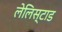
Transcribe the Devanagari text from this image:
लेलिस्टाड